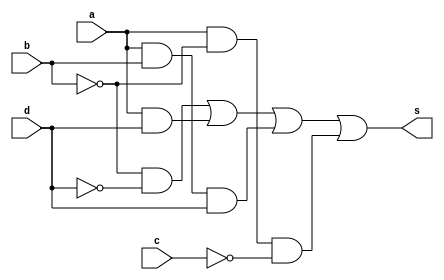
// Nome: Marley Ribeiro
// Matrcula: 414510

module  QuineMcCluskey( s,a,b,c,d );

output s;
input a,b,c,d;
wire temp1,temp2,temp3,temp4,temp5,temp6,temp7,temp8;

not NOT1 (temp1,b);
not NOT2 (temp2,d);
and AND1 (temp3,temp1,temp2);
and AND2 (temp4,a,d);
and AND3 (temp5,a,b,d);
not NOT3 (temp6,b);
not NOT4 (temp7,c);
and AND4 (temp8,a,temp6,temp7);
or OR1 (s,temp3,temp4,temp5,temp8);

endmodule

//------------------------------------------------------------------------------------------------------------------

module teste;
reg a,b,c,d;
wire s;

QuineMcCluskey  QM ( s,a,b,c,d );

initial begin:start
        a=0; b=0; c=0; d=0;
end

initial begin: main
#1 $display (" Exer Guia 08 - Marley Ribeiro ");
#1 $display (" a   b   c   d  =   s ");
  $monitor (" %b   %b   %b   %b  =   %b ",a,b,c,d,s);
           
			  #1 a=1;    b=0;   c=0;   d=0;
			  #1 a=1;    b=0;   c=0;   d=1;
			  #1 a=1;    b=0;   c=1;   d=0;
			  #1 a=1;    b=0;   c=1;   d=1;
			  #1 a=1;    b=1;   c=0;   d=0;
			  #1 a=1;    b=1;   c=0;   d=1;
			  #1 a=1;    b=1;   c=1;   d=0;
			  #1 a=1;    b=1;   c=1;   d=1;
			  #1 a=0;    b=0;   c=0;   d=1;
			  #1 a=0;    b=0;   c=1;   d=0;
			  #1 a=0;    b=0;   c=1;   d=1;
			  #1 a=0;    b=1;   c=0;   d=0;
			  #1 a=0;    b=1;   c=0;   d=1;
			  #1 a=0;    b=1;   c=1;   d=0;
			  #1 a=0;    b=1;   c=1;   d=1;
			  
			  
			  
end
endmodule